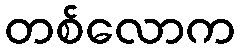
တစ်လောက